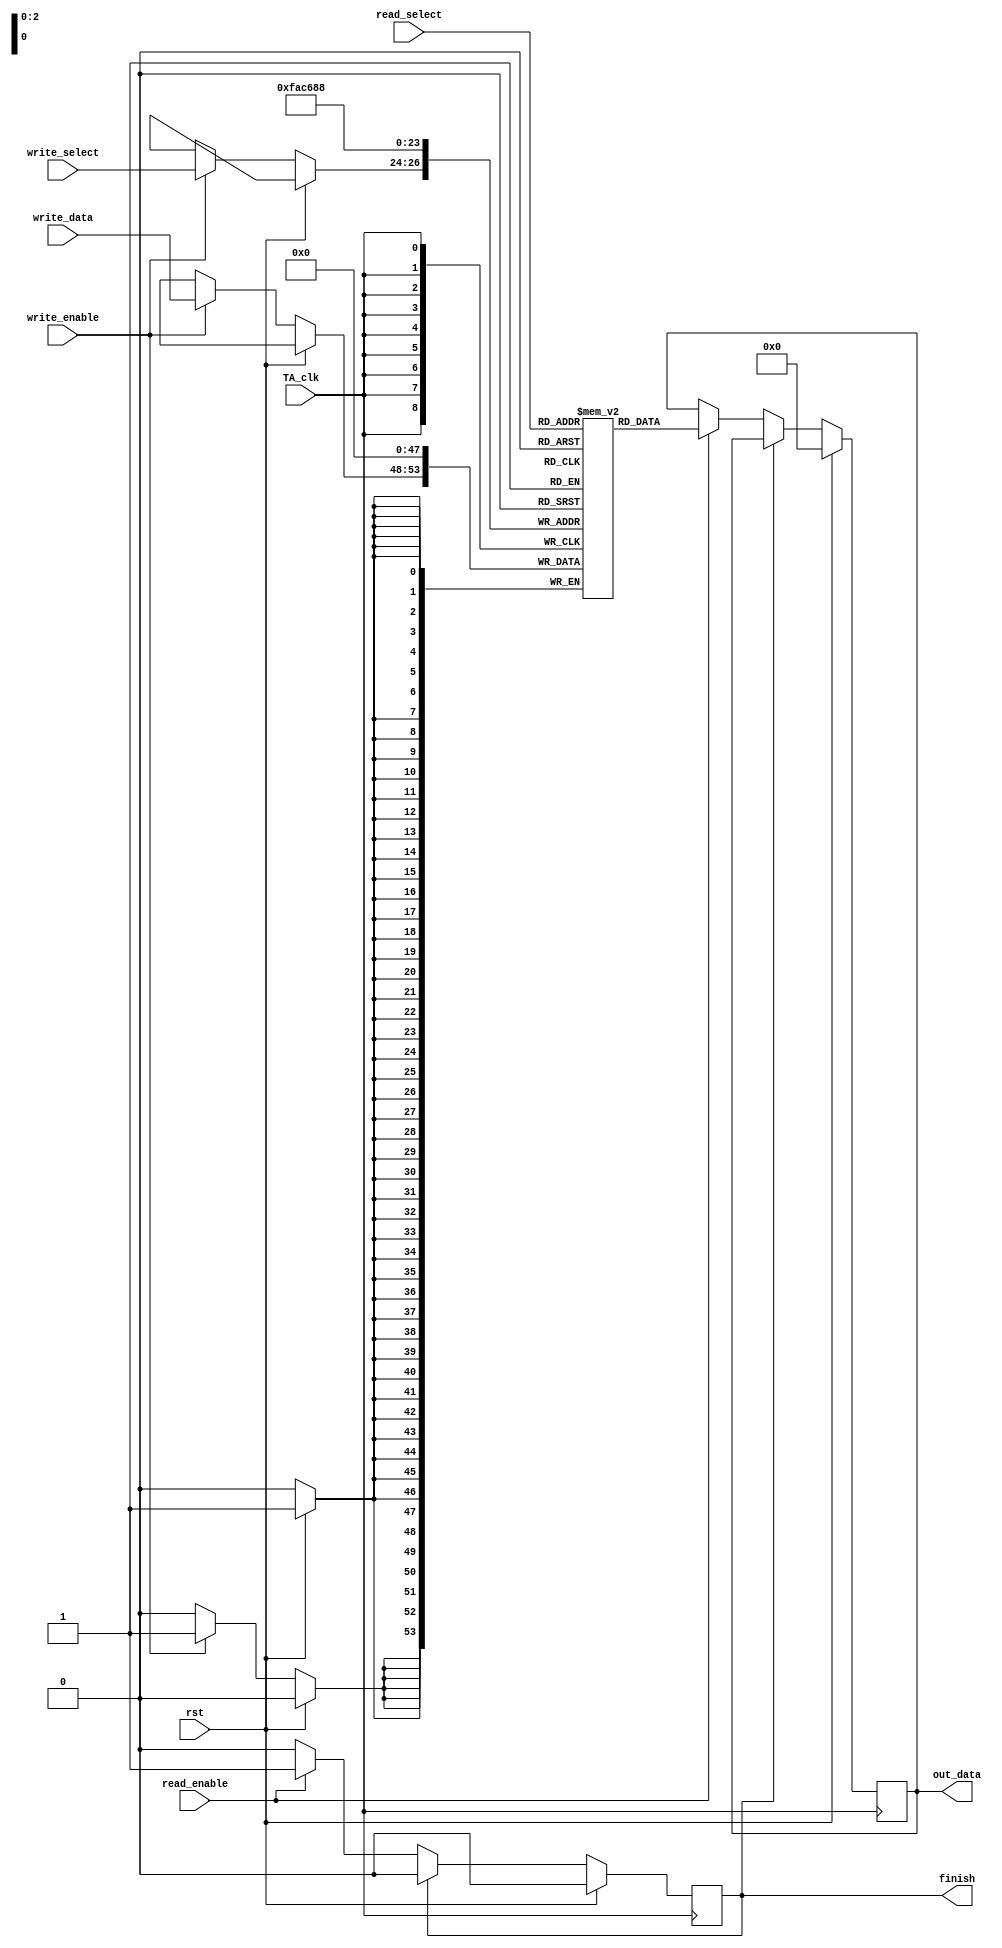
`timescale 1ns / 1ns

module Tag_array( out_data, TA_clk, read_select, write_select, write_data, write_enable, rst, finish, read_enable);

input TA_clk;
input [5:0] write_data;
input [2:0] write_select;
input	[2:0] read_select;
input write_enable;
input rst;
input read_enable;

output reg [5:0] out_data;
output reg finish;

reg [5:0] data_memory [0:7];				//Memory capacity is 8 of 6bits length, 5 address bits and 1 valid bit.
integer i;		
		
		// reading out data from cache
		always @ (posedge TA_clk)
				begin	
					if(rst)
					begin
						out_data=0;
						finish=0;
					end	
					else	if(finish == 1)
						finish = 0;
					else if(read_enable)
						begin
							finish = 1;
							out_data = data_memory [read_select];
						end
				end
		
		
		// writing new data into the cache
		always @ (posedge TA_clk)
				begin
					if(rst)
						for (i = 0; i < 8; i = i + 1) 
						begin 
							data_memory[i] = 6'd0;
						end  
						
					else
					
					if(write_enable)
						begin
							data_memory [write_select] = write_data;
						end
				 end
		
endmodule